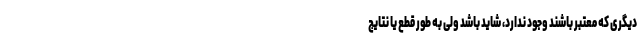
دیگری که معتبر باشند وجود ندارد، شاید باشد ولی به طور قطع یا نتایج